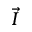
\vec { I }